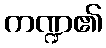
ကဏ္ဍ၏